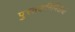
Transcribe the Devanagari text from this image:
पुस्तकनिर्मितीची